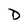
Character: D